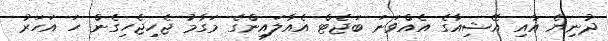
ދުނިޔެ އާއި އޭޝިއާގެ އެއްވަނަ ބަޖެޓް އެއާލައިންގެ މަގާމު ޖެހިޖެހިގެން ހަ އަހަރު